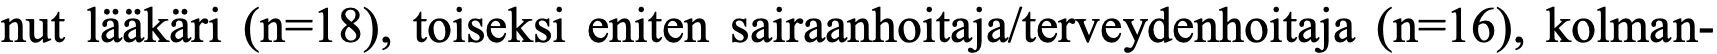
nut lääkäri (n=18), toiseksi eniten sairaanhoitaja/terveydenhoitaja (n=16), kolman-